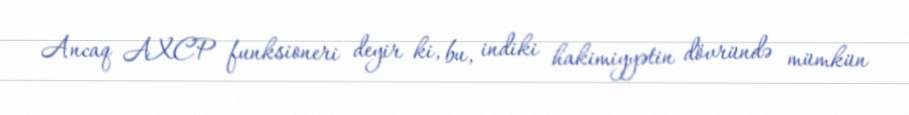
Ancaq AXCP funksioneri deyir ki, bu, indiki hakimiyyətin dövründə mümkün